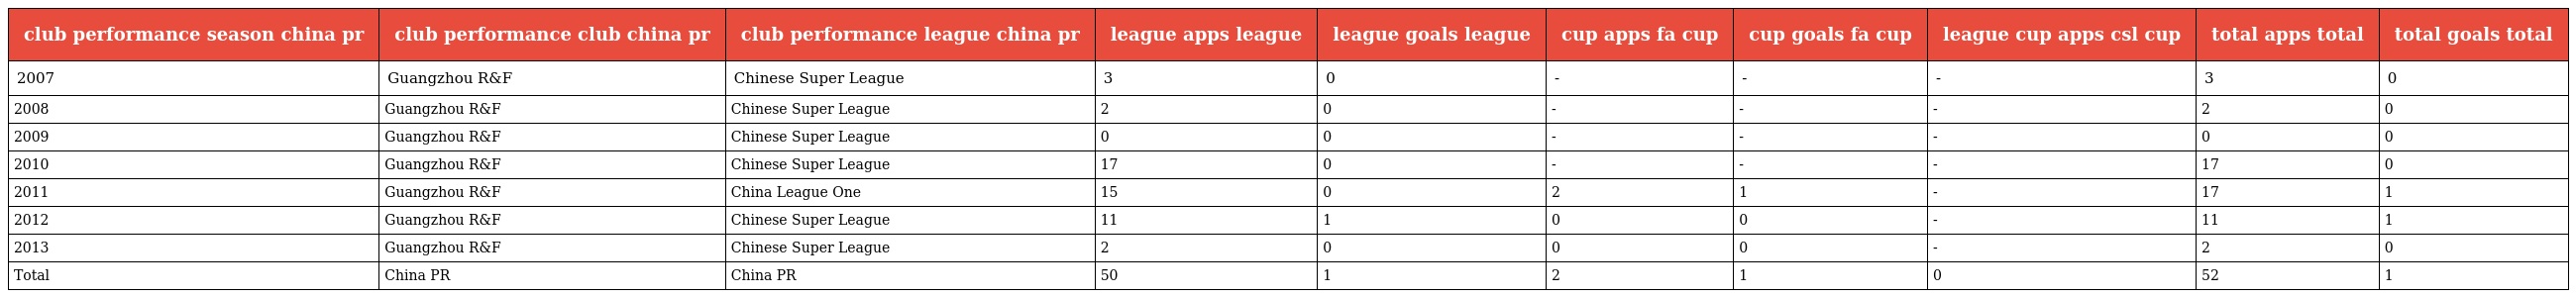
| club performance season china pr | club performance club china pr | club performance league china pr | league apps league | league goals league | cup apps fa cup | cup goals fa cup | league cup apps csl cup | total apps total | total goals total |
 | --- | --- | --- | --- | --- | --- | --- | --- | --- | --- |
 | 2007 | Guangzhou R&F | Chinese Super League | 3 | 0 | - | - | - | 3 | 0 |
 | 2008 | Guangzhou R&F | Chinese Super League | 2 | 0 | - | - | - | 2 | 0 |
 | 2009 | Guangzhou R&F | Chinese Super League | 0 | 0 | - | - | - | 0 | 0 |
 | 2010 | Guangzhou R&F | Chinese Super League | 17 | 0 | - | - | - | 17 | 0 |
 | 2011 | Guangzhou R&F | China League One | 15 | 0 | 2 | 1 | - | 17 | 1 |
 | 2012 | Guangzhou R&F | Chinese Super League | 11 | 1 | 0 | 0 | - | 11 | 1 |
 | 2013 | Guangzhou R&F | Chinese Super League | 2 | 0 | 0 | 0 | - | 2 | 0 |
 | Total | China PR | China PR | 50 | 1 | 2 | 1 | 0 | 52 | 1 |